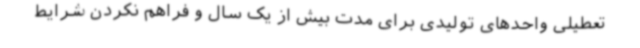
تعطیلی ‌واحدهای ‌تولیدی برای مدت بیش از یک سال و فراهم نکردن شرایط